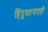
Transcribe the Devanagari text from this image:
हिंदुस्तानातही